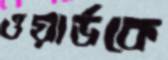
ওয়ার্ডকে